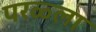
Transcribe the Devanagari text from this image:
परळ्ला